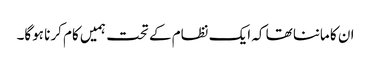
ان کا ماننا تھا کہ ایک نظام کے تحت ہمیں کام کرنا ہوگا۔